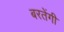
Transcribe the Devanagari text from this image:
बरतेंगी